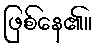
ဖြစ်နေ၏။